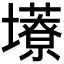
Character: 𫮹